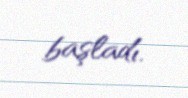
başladı.